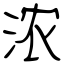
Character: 浓